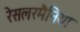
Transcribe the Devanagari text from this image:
रेसलरमैनिया